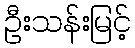
ဦးသန်းမြင့်